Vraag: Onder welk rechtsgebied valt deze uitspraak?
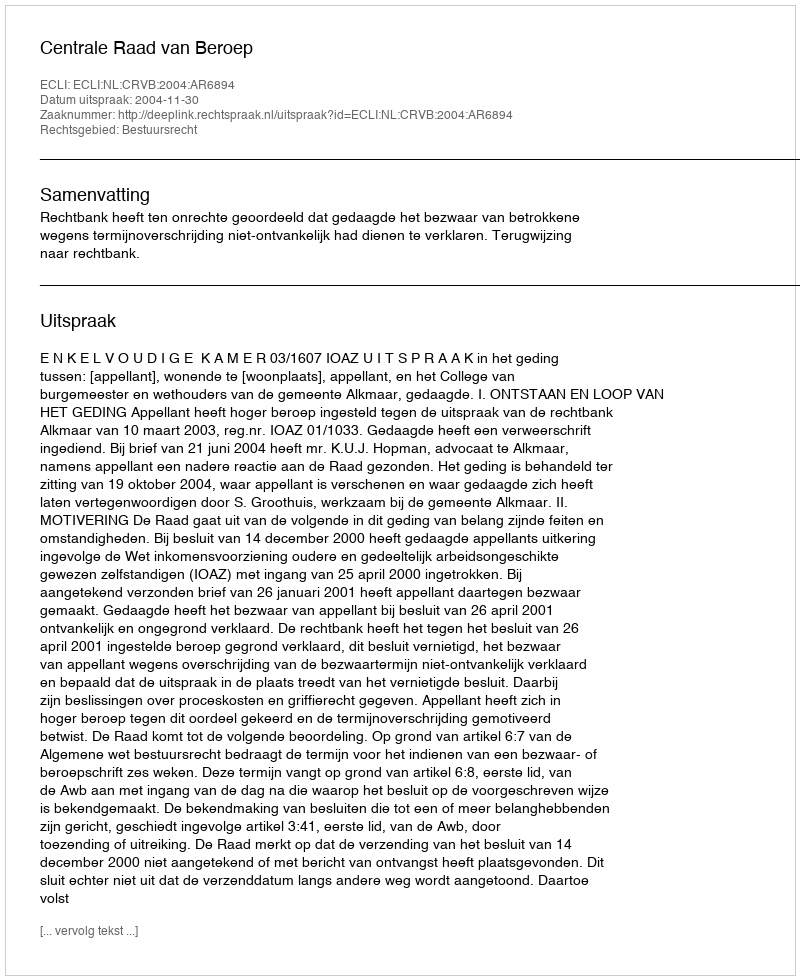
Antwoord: Bestuursrecht